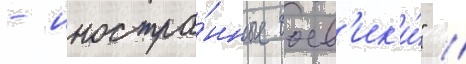
- иностра́нные боев'ик'и́" //